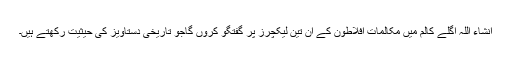
انشاء اللہ اگلے کالم میں مکالماتِ افلاطون کے ان تین لیکچرز پر گفتگو کروں گاجو تاریخی دستاویز کی حیثیت رکھتے ہیں۔